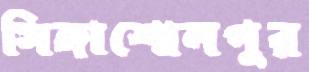
সিঙ্গাশোলপুর